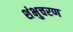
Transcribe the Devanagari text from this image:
शंभुचरण